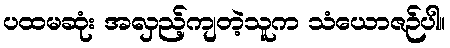
ပထမဆုံး အလှည့်ကျတဲ့သူက သံယောဇဉ်ပါ။